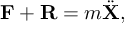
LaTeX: \mathbf { F } + \mathbf { R } = m { \ddot { \mathbf { X } } } ,